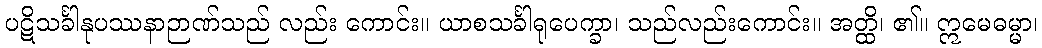
ပဋိသင်္ခါနုပဿနာဉာဏ်သည် လည်း ကောင်း။ ယာစသင်္ခါရုပေက္ခာ၊ သည်လည်းကောင်း။ အတ္ထိ၊ ၏။ ဣမေဓမ္မာ၊